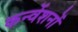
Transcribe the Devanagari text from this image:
कन्वेंशनों